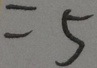
= 5